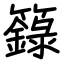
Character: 籙